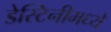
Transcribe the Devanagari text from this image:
डेस्टिनीमध्ये